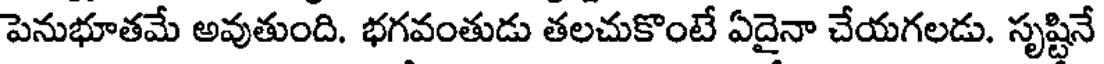
పెనుభూతమే అవుతుంది. భగవంతుడు తలచుకొంటే ఏదైనా చేయగలడు. సృష్టినే